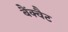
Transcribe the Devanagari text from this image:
बैंक्वैट